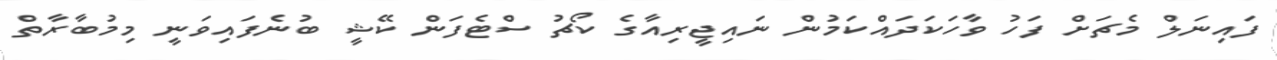
ފައިނަލް މެޗަށް ފަހު ވާހަކަދައްކަމުން ނައިޖީރިއާގެ ކޯޗު ސްޓެފަން ކޭޝީ ބުނެފައިވަނީ މިމުބާރާތް